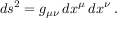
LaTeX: d s ^ { 2 } = g _ { \mu \nu } \, d x ^ { \mu } \, d x ^ { \nu } \, .